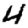
Digit: 4